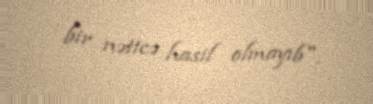
bir nəticə hasil olmayıb".